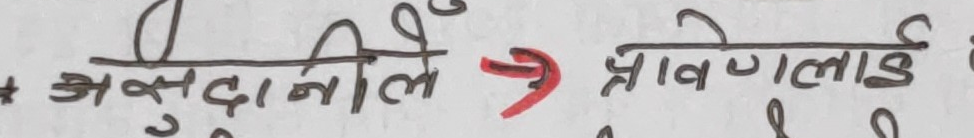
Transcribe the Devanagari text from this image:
असुदानीले -> श्रावणलाई